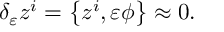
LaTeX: \delta _ { \varepsilon } z ^ { i } = \left\{ z ^ { i } , \varepsilon \phi \right\} \approx 0 .